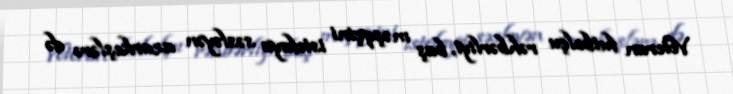
Veteran futbolçu rəhbərliyi, baş məşqçini istefaya səsləyən azarkeşlərə də